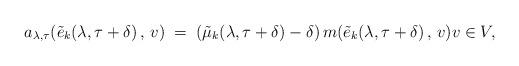
LaTeX: \begin{align*}a_{\lambda, \tau}(\tilde{e}_k(\lambda, \tau+\delta)\, , \, v) \; =\; (\tilde{\mu}_k(\lambda, \tau + \delta) - \delta)\, m(\tilde{e}_k(\lambda, \tau + \delta)\, , \, v) v\in V,\end{align*}